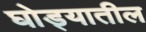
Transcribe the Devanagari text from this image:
घोड्यातील